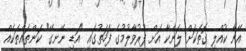
އޭނާ ކުއްލި ގޮތަކަށް ލަންކާ އަށް ފުރުވާލުމުގެ ފަހަތުގައި "އަޑި ނޭނގޭ" ކަންތައްތަކެއް